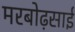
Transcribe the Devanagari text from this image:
मरबोढ़साई